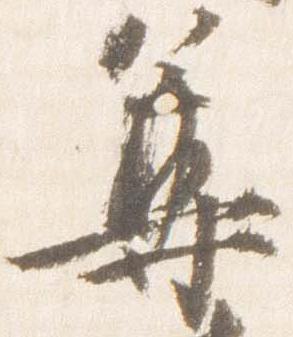
尊